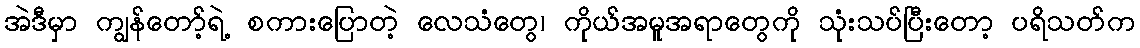
အဲဒီမှာ ကျွန်တော့်ရဲ့ စကားပြောတဲ့ လေသံတွေ၊ ကိုယ်အမူအရာတွေကို သုံးသပ်ပြီးတော့ ပရိသတ်က